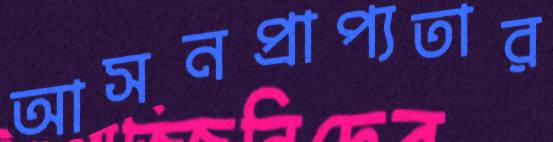
আসনপ্রাপ্যতার